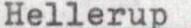
Hellerup